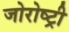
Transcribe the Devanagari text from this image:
जोरोष्ट्री